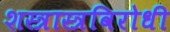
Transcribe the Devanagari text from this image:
शस्त्रास्त्रविरोधी